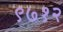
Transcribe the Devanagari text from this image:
९७१२